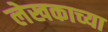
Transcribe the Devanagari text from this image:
लेखकाच्‍या